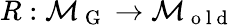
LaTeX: R:\mathcal{M}_{\mathrm{~G~}}\to\mathcal{M}_{\mathrm{~o~l~d~}}